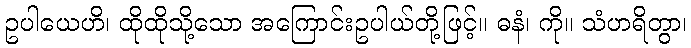
ဥပါယေဟိ၊ ထိုထိုသို့သော အကြောင်းဥပါယ်တို့ဖြင့်။ ဓနံ၊ ကို။ သံဟရိတွာ၊